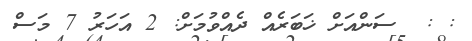
: :  ސަންއަށް ޚަބަރެއް ދެއްވުމަށް: 2 އަހަރު 7 މަސް